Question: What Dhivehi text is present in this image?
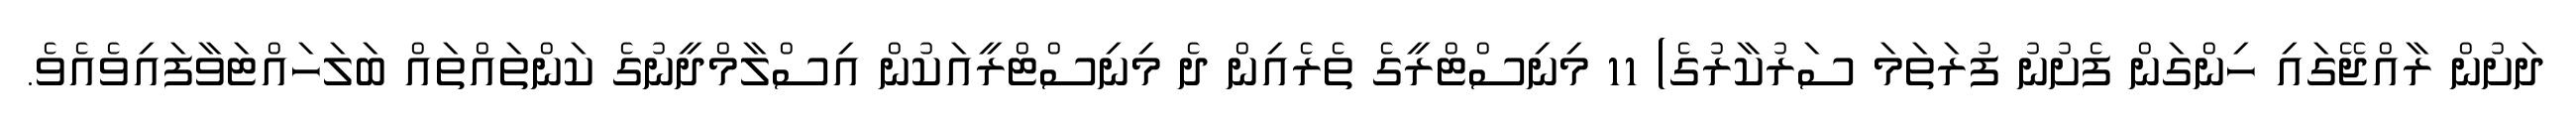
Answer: ދަށުން ރާއްޖޭގައި ހިންގަން ފެށުނު ފުރަތަމަ ސަރުކާރުގެ) 11 މިނިސްޓްރީގެ ތެރެއިން ދެ މިނިސްޓްރީއަކުން އިސްލާމްދީނުގެ ކަންތައްތައް ބަލަހައްޓަވާފައިވެއެވެ.